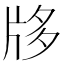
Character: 𤖻